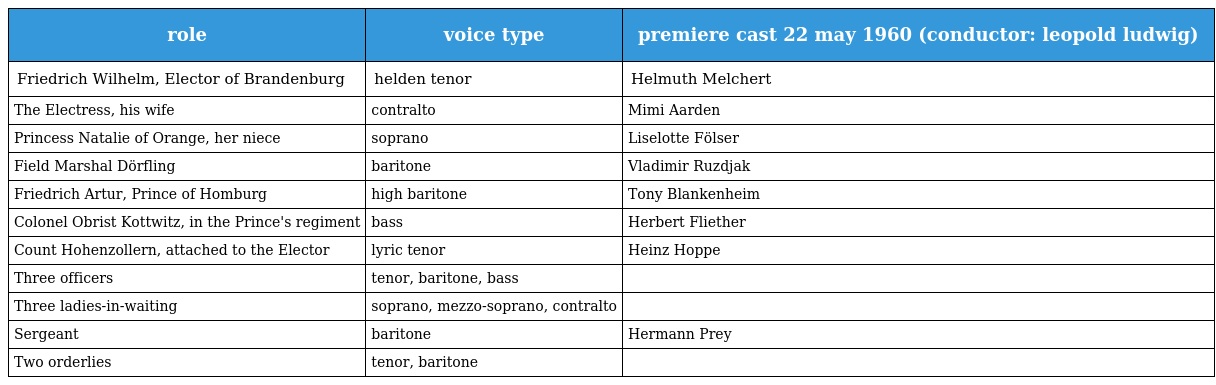
| role | voice type | premiere cast 22 may 1960 (conductor: leopold ludwig) |
 | --- | --- | --- |
 | Friedrich Wilhelm, Elector of Brandenburg | helden tenor | Helmuth Melchert |
 | The Electress, his wife | contralto | Mimi Aarden |
 | Princess Natalie of Orange, her niece | soprano | Liselotte Fölser |
 | Field Marshal Dörfling | baritone | Vladimir Ruzdjak |
 | Friedrich Artur, Prince of Homburg | high baritone | Tony Blankenheim |
 | Colonel Obrist Kottwitz, in the Prince's regiment | bass | Herbert Fliether |
 | Count Hohenzollern, attached to the Elector | lyric tenor | Heinz Hoppe |
 | Three officers | tenor, baritone, bass |  |
 | Three ladies-in-waiting | soprano, mezzo-soprano, contralto |  |
 | Sergeant | baritone | Hermann Prey |
 | Two orderlies | tenor, baritone |  |